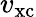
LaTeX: v_{\mathrm{xc}}